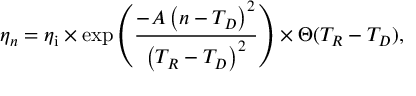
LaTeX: \eta _ { n } = \eta _ { \mathrm { i } } \times \exp \left( \frac { - A \left( n - T _ { D } \right) ^ { 2 } } { \left( T _ { R } - T _ { D } \right) ^ { 2 } } \right) \times \Theta ( T _ { R } - T _ { D } ) ,